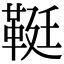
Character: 䩠